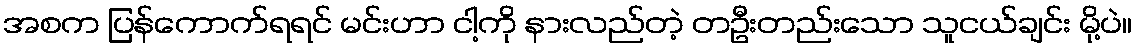
အစက ပြန်ကောက်ရရင် မင်းဟာ ငါ့ကို နားလည်တဲ့ တဦးတည်းသော သူငယ်ချင်း မို့ပဲ။